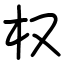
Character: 权